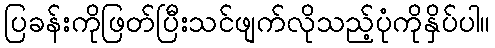
ပြခန်းကိုဖြတ်ပြီးသင်ဖျက်လိုသည့်ပုံကိုနှိပ်ပါ။